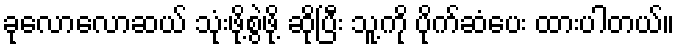
ခုလောလောဆယ် သုံးဖို့စွဲဖို့ ဆိုပြီး သူ့ကို ပိုက်ဆံပေး ထားပါတယ်။